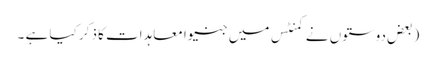
(بعض دوستوں نے کمنٹس میں جنیوا معاہدات کا ذکر کیا ہے ۔